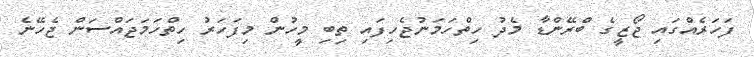
ފަހަރެއްގައި ޖޯޒީގެ ބްރޭންޑާ މެދު ހިތްހަމަނުޖެހިފައި ތިބި މީހުން މިފަހަރު ހިތްހަމަޖައްސަން ޖެހޭނެ